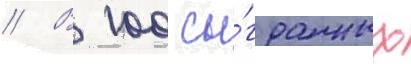
// В 100 сы́гранных